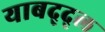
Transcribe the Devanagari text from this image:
याबद्द्ल